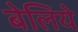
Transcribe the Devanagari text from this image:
बेलिये